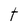
Character: t